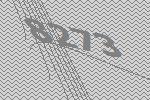
8273